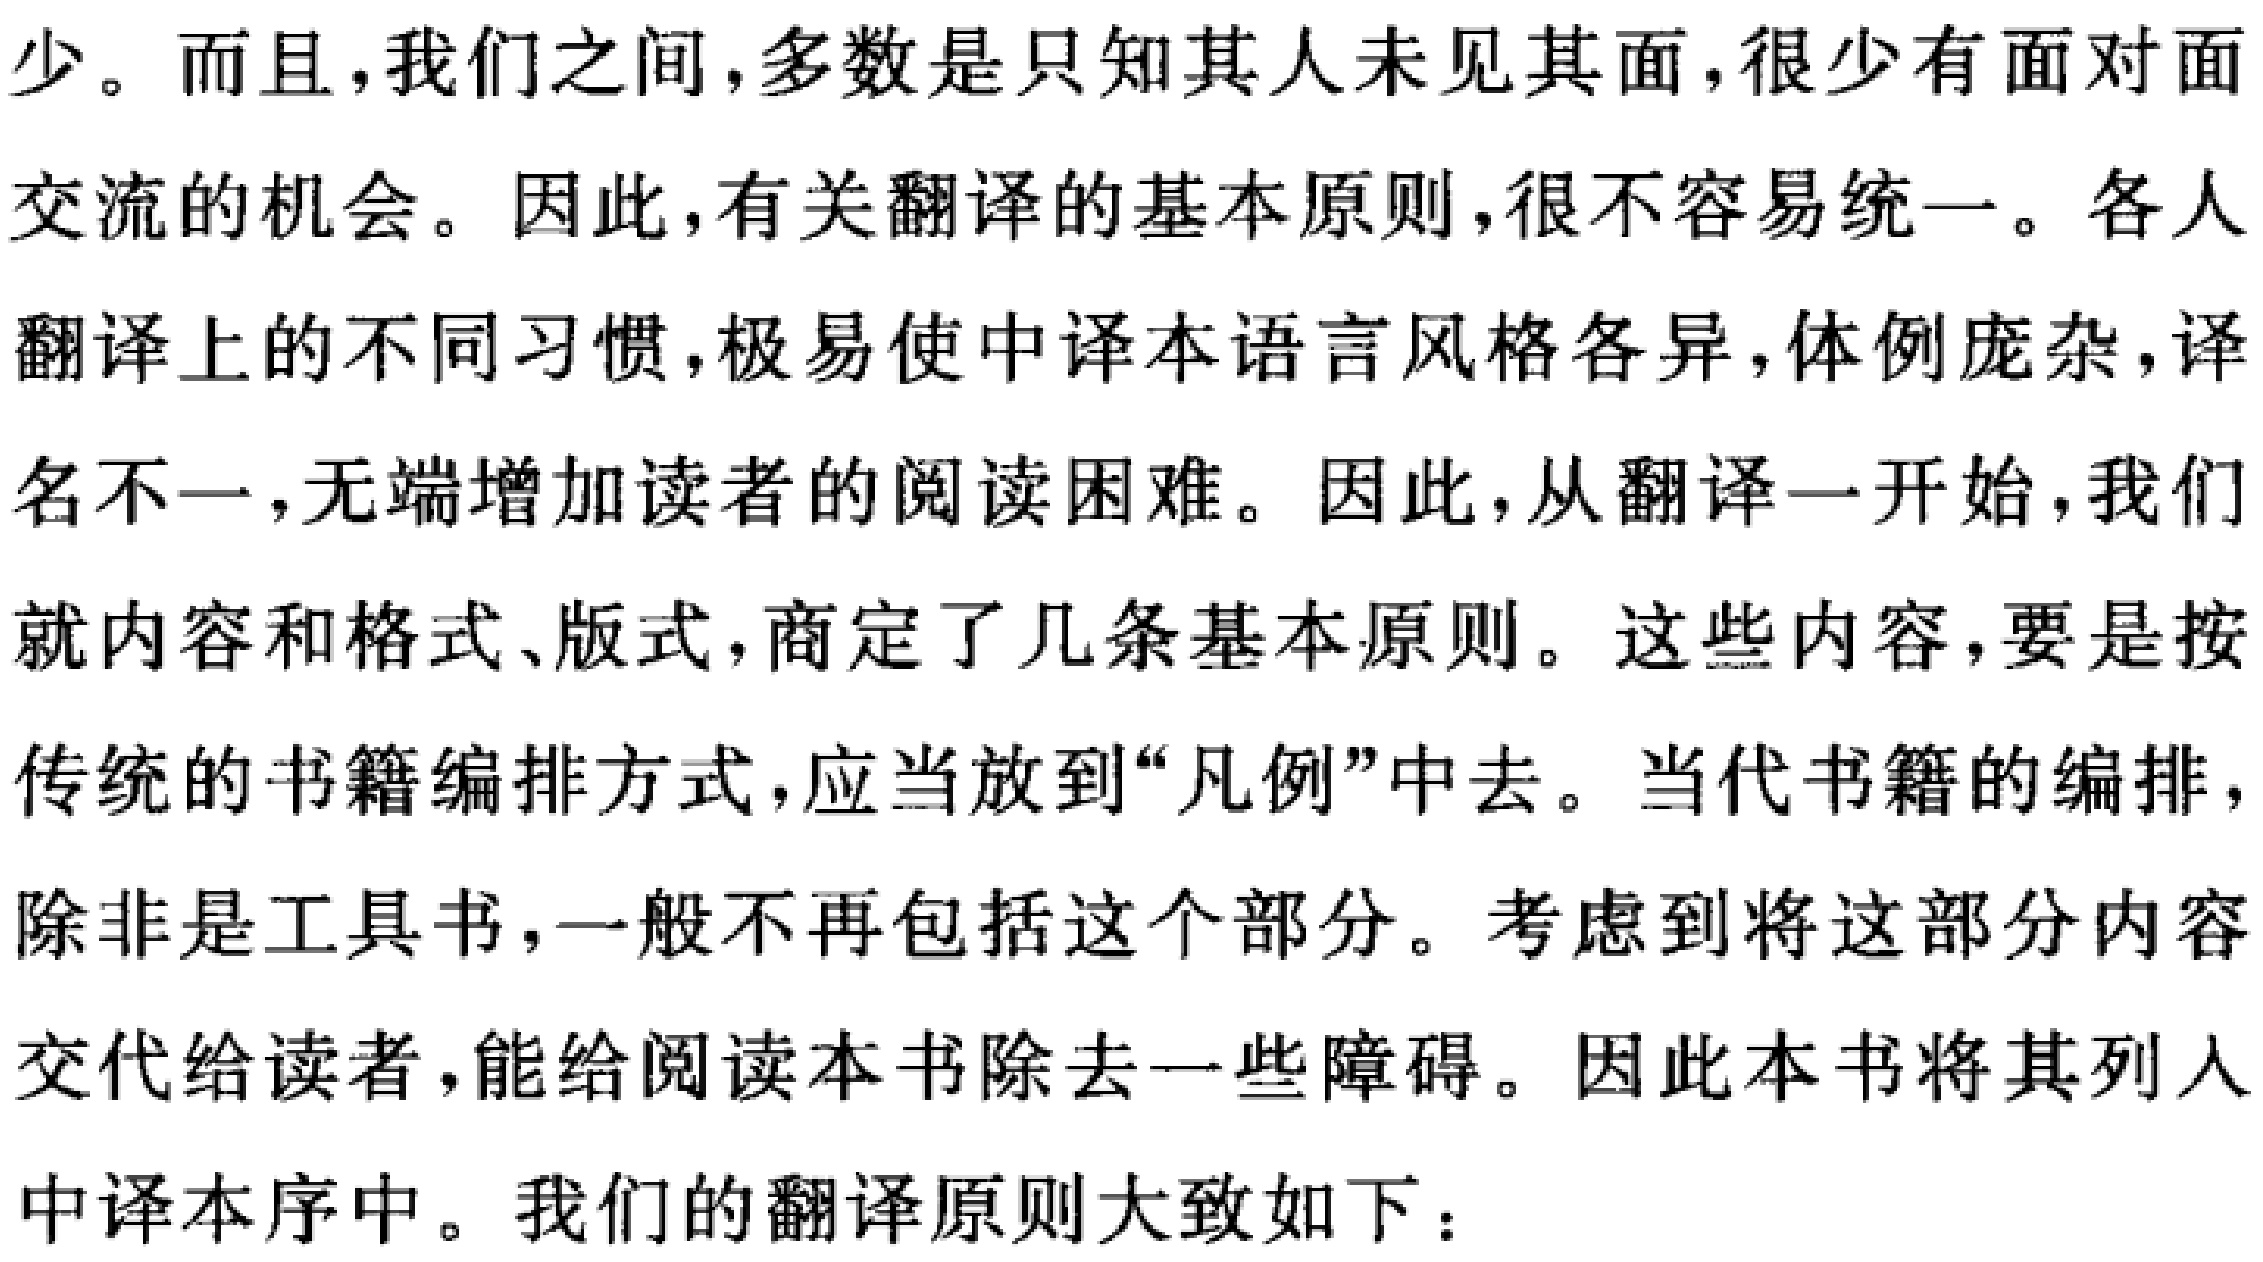
少。而且，我们之间，多数是只知其人未见其面，很少有面对面
交流的机会。因此，有关翻译的基本原则，很不容易统一。各人
翻译上的不同习惯，极易使中译本语言风格各异，体例庞杂，译
名不一，无端增加读者的阅读困难。因此，从翻译一开始，我们
就内容和格式、版式，商定了几条基本原则。这些内容，要是按
传统的书籍编排方式，应当放到“凡例”中去。当代书籍的编排，
除非是工具书，一般不再包括这个部分。考虑到将这部分内容
交代给读者，能给阅读本书除去一些障碍。因此本书将其列入
中译本序中。我们的翻译原则大致如下：